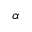
\alpha